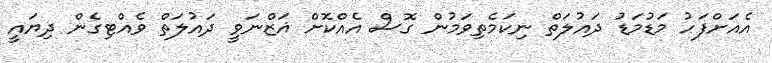
އެއަށްފަހު މަޑުމަޑު ދައުލަތް ނިކަމެތިވަމުން ގޮސް އެއްކޮށް ޣަޒްނަވީ ދައުލަތް ވެއްޓިގެން ދިޔައީ